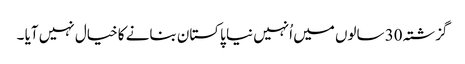
گزشتہ 30 سالوں میں اُنہیں نیا پاکستان بنانے کا خیال نہیں آیا ۔